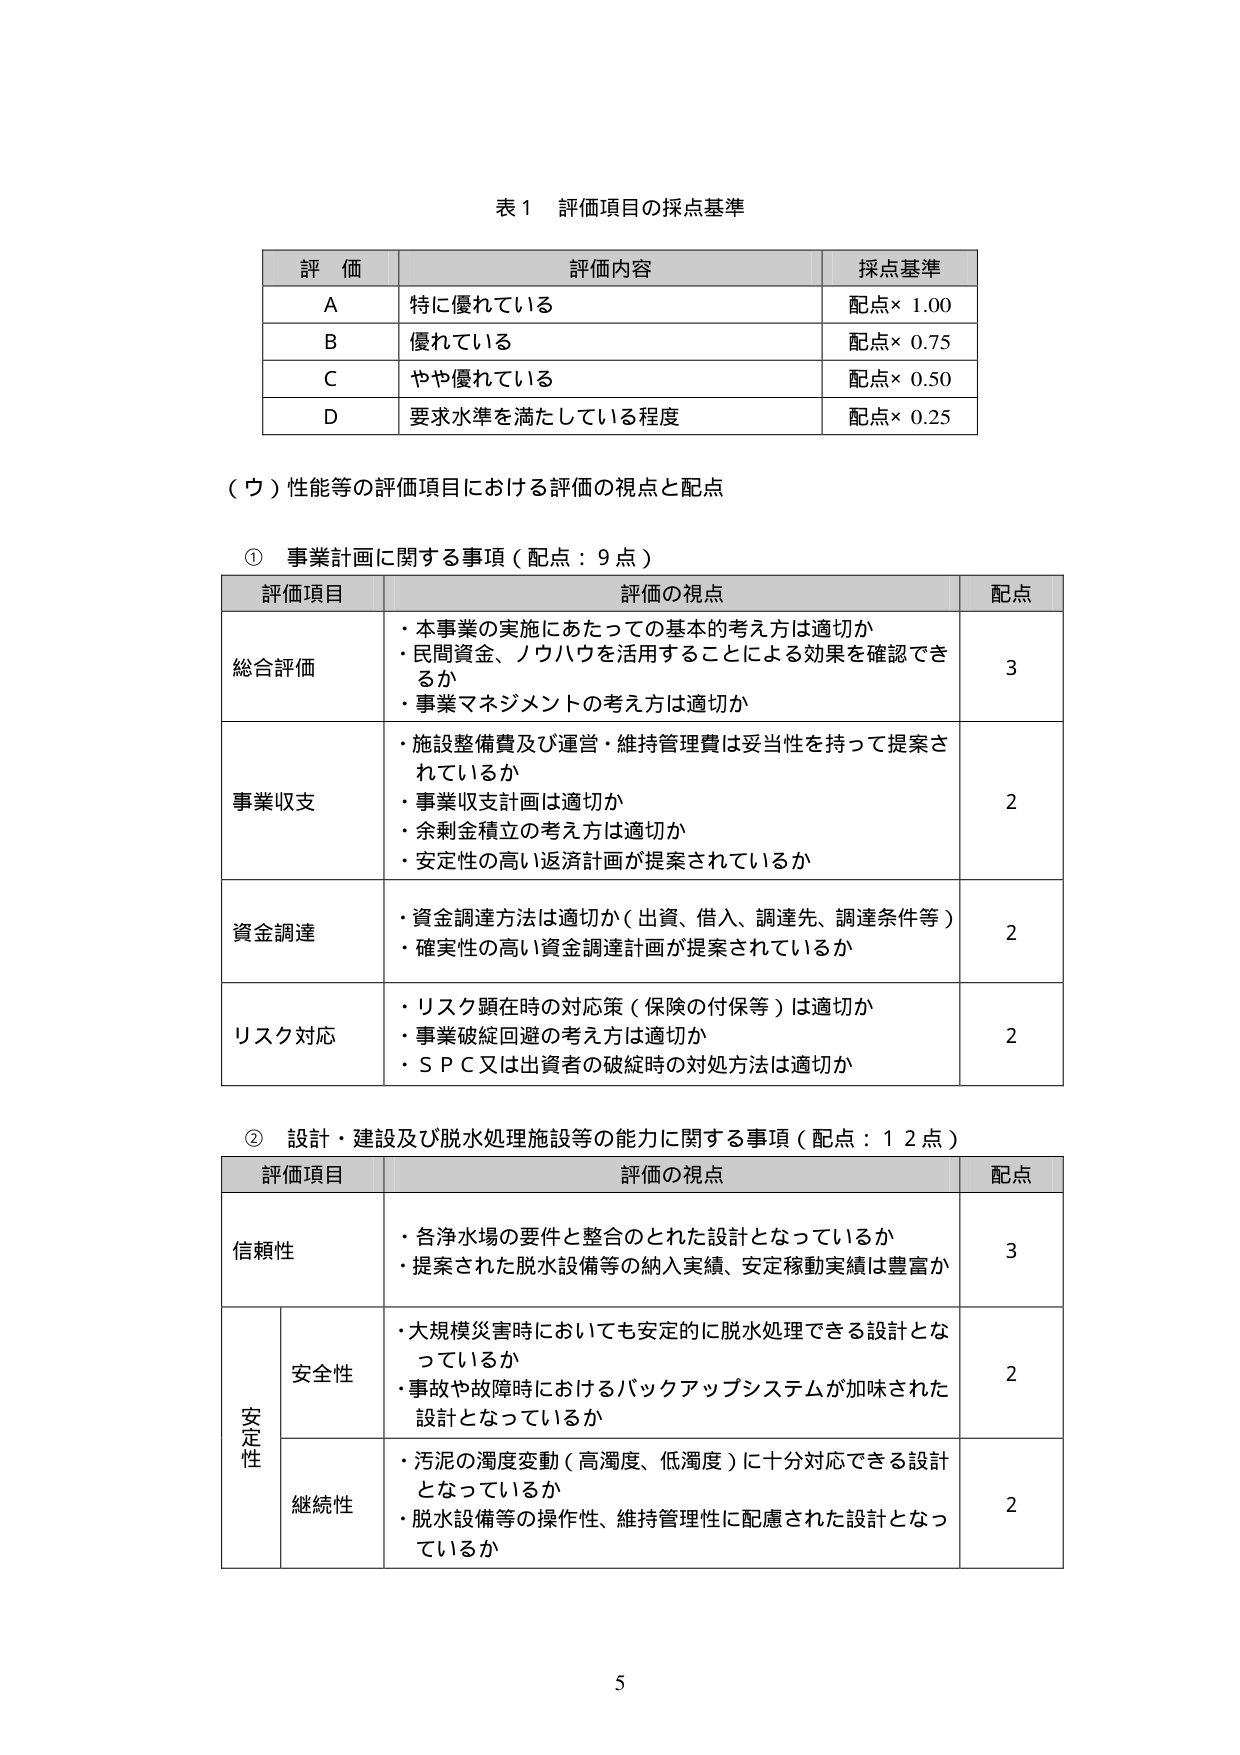
表１ 評価項目の採点基準

評価 評価内容 採点基準
A 特に優れている 配点× 1.00
B 優れている 配点× 0.75
C やや優れている 配点× 0.50
D 要求水準を満たしている程度 配点× 0.25

（ウ）性能等の評価項目における評価の視点と配点

① 事業計画に関する事項（配点：9点）

評価項目 評価の視点 配点
総合評価
・本事業の実施にあたっての基本的考え方は適切か
・民間資金、ノウハウを活用することによる効果を確認できるか
・事業マネジメントの考え方は適切か
3
事業収支
・施設整備費及び運営・維持管理費は妥当性を持って提案されているか
・事業収支計画は適切か
・余剰金積立の考え方は適切か
・安定性の高い返済計画が提案されているか
2
資金調達
・資金調達方法は適切か（出資、借入、調達先、調達条件等）
・確実性の高い資金調達計画が提案されているか
2
リスク対応
・リスク顕在時の対応策（保険の付保等）は適切か
・事業破綻回避の考え方は適切か
・ＳＰＣ又は出資者の破綻時の対処方法は適切か
2

② 設計・建設及び脱水処理施設等の能力に関する事項（配点：12点）

評価項目 評価の視点 配点
信頼性
・各浄水場の要件と整合のとれた設計となっているか
・提案された脱水設備等の納入実績、安定稼動実績は豊富か
3
安定性 安全性
・大規模災害時においても安定的に脱水処理できる設計となっているか
・事故や故障時におけるバックアップシステムが加味された設計となっているか
2
継続性
・汚泥の濁度変動（高濁度、低濁度）に十分対応できる設計となっているか
・脱水設備等の操作性、維持管理性に配慮された設計となっているか
2

5